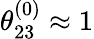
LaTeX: \theta_{23}^{(0)}\approx 1